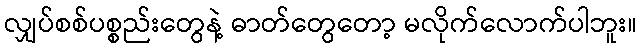
လျှပ်စစ်ပစ္စည်းတွေနဲ့ ဓာတ်တွေတော့ မလိုက်လောက်ပါဘူး။